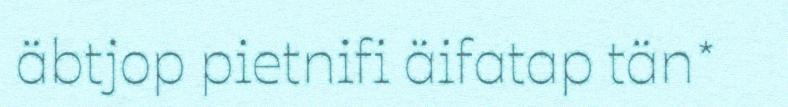
äbtjop pietnifi äifatap tän*